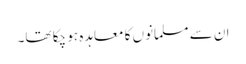
ان سے مسلمانوں کا معاہدہ ہو چکا تھا۔